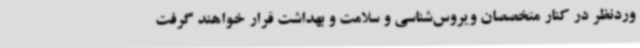
وردنظر در کنار متخصصان ویروس‌شناسی و سلامت و بهداشت قرار خواهند گرفت